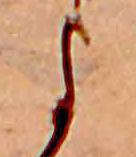
よ